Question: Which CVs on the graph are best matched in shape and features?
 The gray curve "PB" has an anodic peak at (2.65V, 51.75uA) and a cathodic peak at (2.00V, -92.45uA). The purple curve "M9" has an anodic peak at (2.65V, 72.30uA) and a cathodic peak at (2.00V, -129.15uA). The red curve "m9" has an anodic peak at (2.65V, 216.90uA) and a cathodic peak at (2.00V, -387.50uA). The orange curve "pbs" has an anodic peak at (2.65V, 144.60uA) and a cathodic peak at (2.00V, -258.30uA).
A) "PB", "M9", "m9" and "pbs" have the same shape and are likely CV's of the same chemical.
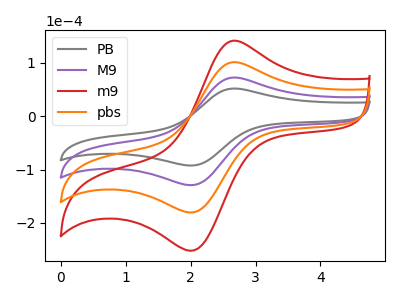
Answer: <think>All the peaks in "PB" have a peak in "M9" at the same potential. Every peak in "PB" is lower than every peak in "M9". All the peaks in "PB" have a peak in "m9" at the same potential. Every peak in "PB" is lower than every peak in "m9". All the peaks in "PB" have a peak in "pbs" at the same potential. Every peak in "PB" is lower than every peak in "pbs". All the peaks in "M9" have a peak in "m9" at the same potential. Every peak in "M9" is lower than every peak in "m9". All the peaks in "M9" have a peak in "pbs" at the same potential. Every peak in "M9" is lower than every peak in "pbs". All the peaks in "m9" have a peak in "pbs" at the same potential. Every peak in "m9" is higher than every peak in "pbs".
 </think>
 <answer>A) "PB", "M9", "m9" and "pbs" have the same shape and are likely CV's of the same chemical.</answer>
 <eval>A</eval>